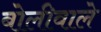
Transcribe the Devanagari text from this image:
बोलीवाले